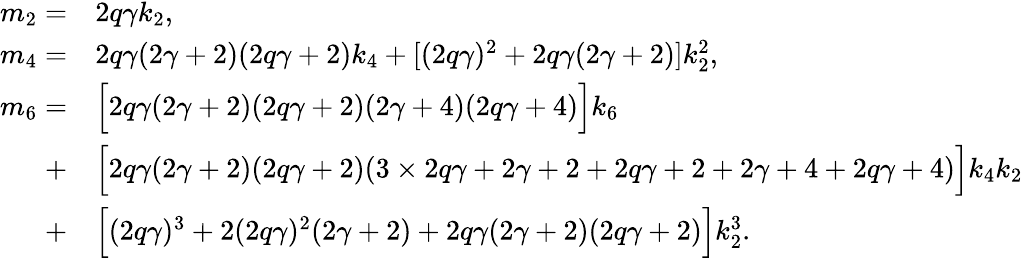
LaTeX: \begin{array}{rl}{m_{2}=}&{2q\gamma k_{2},}\\ {m_{4}=}&{2q\gamma(2\gamma+2)(2q\gamma+2)k_{4}+[(2q\gamma)^{2}+2q\gamma(2\gamma+2)]k_{2}^{2},}\\ {m_{6}=}&{\Big[2q\gamma(2\gamma+2)(2q\gamma+2)(2\gamma+4)(2q\gamma+4)\Big]k_{6}}\\ {+}&{\Big[2q\gamma(2\gamma+2)(2q\gamma+2)(3\times 2q\gamma+2\gamma+2+2q\gamma+2+2\gamma+4+2q\gamma+4)\Big]k_{4}k_{2}}\\ {+}&{\Big[(2q\gamma)^{3}+2(2q\gamma)^{2}(2\gamma+2)+2q\gamma(2\gamma+2)(2q\gamma+2)\Big]k_{2}^{3}.}\end{array}